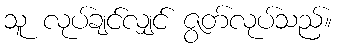
သူ လုပ်ချင်လျှင် ဇွတ်လုပ်သည်။